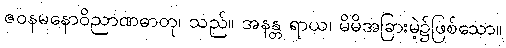
ဇဝနမနောဝိညာဏဓာတု၊ သည်။ အနန္တ ရာယ၊ မိမိအခြားမဲ့၌ဖြစ်သော။